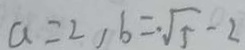
a = 2 , b = \cdot \sqrt { 5 } - 2